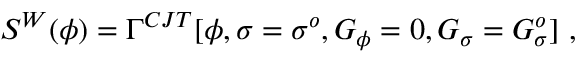
S ^ { W } ( \phi ) = \Gamma ^ { C J T } [ \phi , \sigma = \sigma ^ { o } , G _ { \phi } = 0 , G _ { \sigma } = G _ { \sigma } ^ { o } ] ~ ,